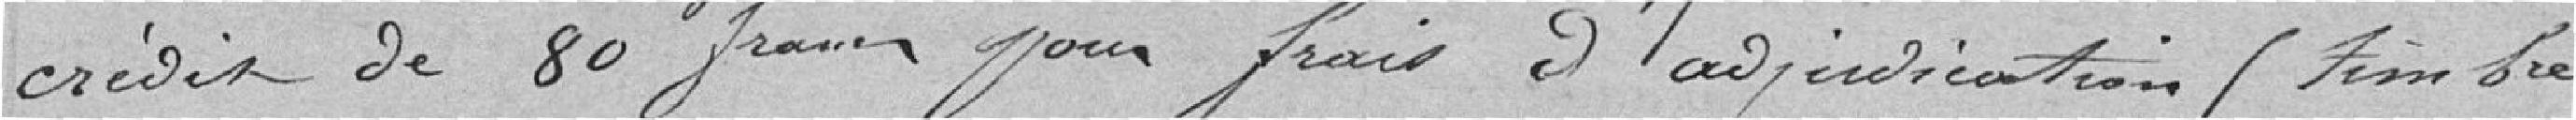
crédit de 80 francs pour frais d'adjudication (timbre